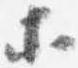
等